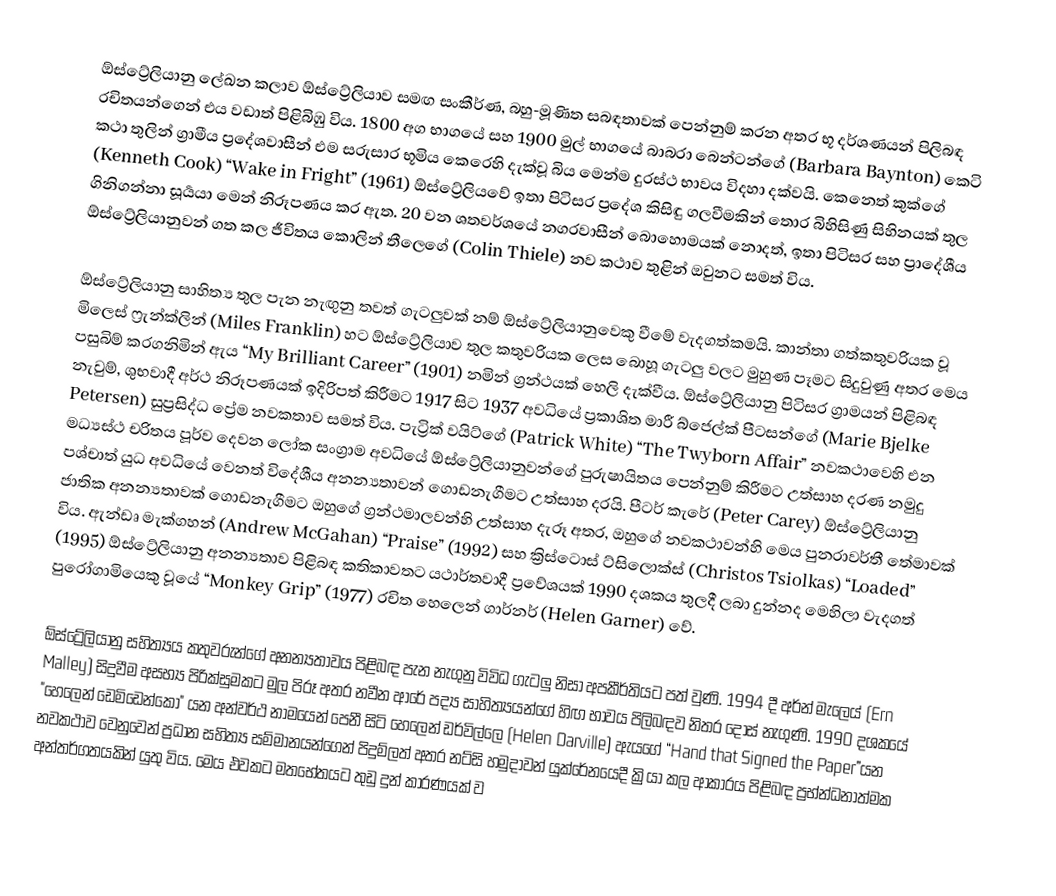
ඕස්ට්‍රේලියානු ලේඛන කලාව ඕස්ට්‍රේලියාව සමඟ සංකීර්ණ, බහු-මූණිත සබඳතාවක් පෙන්නුම් කරන අතර භූ දර්ශණයන් පිලිබඳ රචිතයන්ගෙන් එය වඩාත් පිළිබිඹු විය. 1800 අග භාගයේ සහ 1900 මුල් භාගයේ බාබරා බෙන්ටන්ගේ (Barbara Baynton) කෙටි කථා තුලින් ග්‍රාමීය ප්‍රදේශවාසීන් එම සරුසාර භූමිය කෙරෙහි දැක්වූ බිය මෙන්ම දුරස්ථ භාවය විදහා දක්වයි. කෙනෙත් කුක්ගේ (Kenneth Cook) “Wake in Fright” (1961) ඕස්ට්‍රේලියවේ ඉතා පිටිසර ප්‍රදේශ කිසිඳු ගලවීමකින් තොර බිහිසිණු සිහිනයක් තුල ගිනිගන්නා සූර්‍යයා මෙන් නිරූපණය කර ඇත. 20 වන ශතවර්ශයේ නගරවාසීන් බොහොමයක් නොදත්, ඉතා පිටිසර සහ ප්‍රාදේශීය ඕස්ට්‍රේලියානුවන් ගත කල ජීවිතය කොලින් තීලෙගේ (Colin Thiele) නව කථාව තුළින් ඔවුනට සමත් විය.

ඕස්ට්‍රේලියානු සාහිත්‍ය තුල පැන නැඟුනු තවත් ගැටලුවක් නම් ඕස්ට්‍රේලියානුවෙකු වීමේ වැදගත්කමයි. කාන්තා ගත්කතුවරියක වූ මිලෙස් ෆ්‍රැන්ක්ලින් (Miles Franklin) හට ඕස්ට්‍රේලියාව තුල කතුවරියක ලෙස බොහූ ගැටලු වලට මුහුණ පෑමට සිදුවුණු අතර මෙය පසුබිම් කරගනිමින් ඇය “My Brilliant Career” (1901) නමින් ග්‍රන්ථයක් හෙලි දැක්වීය. ඕස්ට්‍රේලියානු පිටිසර ග්‍රාමයන් පිළිබඳ නැවුම්, ශුභවාදී අර්ථ නිරූපණයක් ඉදිරිපත් කිරීමට 1917 සිට 1937 අවධියේ ප්‍රකාශිත මාරී බ්ජෙල්ක් පීටසන්ගේ (Marie Bjelke Petersen) සුප්‍රසිද්ධ ප්‍රේම නවකතාව සමත් විය. පැට්‍රික් වයිට්ගේ (Patrick White) “The Twyborn Affair” නවකථාවෙහි එන මධ්‍යස්ථ චරිතය පූර්ව දෙවන ලෝක සංග්‍රාම අවධියේ ඕස්ට්‍රේලියානුවන්ගේ පුරුෂායිතය පෙන්නුම් කිරීමට උත්සාහ දරණ නමුදු පශ්චාත් යුධ අවධියේ වෙනත් විදේශීය අනන්‍යතාවන් ගොඩනැගීමට උත්සාහ දරයි. පීටර් කැරේ (Peter Carey) ඕස්ට්‍රේලියානු ජාතික අනන්‍යතාවක් ගොඩනැගීමට ඔහුගේ ග්‍රන්ථමාලවන්හි උත්සාහ දැරූ අතර, ඔහුගේ නවකථාවන්හි මෙය පුනරාවර්තී තේමාවක් විය. ඇන්ඩෘ මැක්ගහන් (Andrew McGahan) “Praise” (1992) සහ ක්‍රිස්ටොස් ට්සිලොක්ස් (Christos Tsiolkas) “Loaded” (1995) ඕස්ට්‍රේලියානු අනන්‍යතාව පිළිබඳ කතිකාවතට යථාර්තවාදී ප්‍රවේශයක් 1990 දශකය තුලදී ලබා දුන්නද මෙහිලා වැදගත් පුරෝගාමියෙකු වූයේ “Monkey Grip” (1977) රචිත හෙලෙන් ගාර්නර් (Helen Garner) වේ.

ඕස්ට්‍රේලියානු සහිත්‍යය කතුවරුන්ගේ අනන්‍යතාවය පිළිබඳ පැන නැගුනු විවිධ ගැටලු නිසා අපකීර්තියට පත් වුණි. 1994 දී අර්න් මැලෙය් (Ern Malley) සිදුවීම අසභ්‍ය පිරික්සුමකට මුල පිරූ අතර නවීන ආරේ පද්‍ය සාහිත්‍යයන්ගේ හිඟ භාවය පිලිබඳව නිතර දෝස් නැගුණි. 1990 දශකයේ "හෙලෙන් ඩෙමිඩෙන්කො" යන අන්වර්ථ නාමයෙන් පෙනී සිටි හෙලෙන් ඩර්විල්ලෙ (Helen Darville) ඇයගේ “Hand that Signed the Paper”යන නවකථාව වෙනුවෙන් ප්‍රධාන සහිත්‍ය සම්මානයන්ගෙන් පිදුම්ලත් අතර නට්සි හමුදාවන් යුක්රේනයෙදී ක්‍රියා කල ආකාරය පිළිබඳ ප්‍රභ්න්ධනාත්මක අන්තර්ගතයකින් යුතු විය. මෙය එවකට මතභේතයට තුඩු දුන් කාරණයක් ව